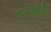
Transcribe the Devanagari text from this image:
ऊरवाई